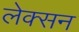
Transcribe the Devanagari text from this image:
लेक्सन